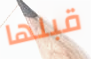
قبلها